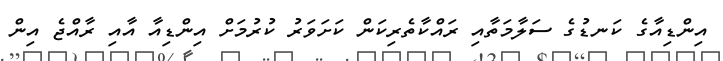
އިންޑިއާގެ ކަނޑުގެ ސަލާމަތާއި ރައްކާތެރިކަން ކަށަވަރު ކުރުމަށް އިންޑިއާ އާއި ރާއްޖެ އިން